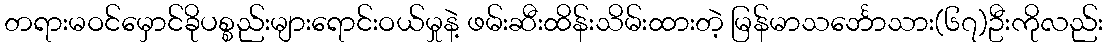
တရားမဝင်မှောင်ခိုပစ္စည်းများရောင်းဝယ်မှုနဲ့ ဖမ်းဆီးထိန်းသိမ်းထားတဲ့ မြန်မာသင်္ဘောသား(၆၇)ဦးကိုလည်း